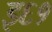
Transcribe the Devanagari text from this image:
इ६१